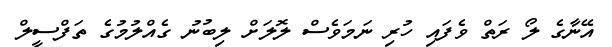
އޭނާގެ ލޯ ރަތް ވެފައި ހުރި ނަމަވެސް ލޮލަށް ލިބުނު ގެއްލުމުގެ ތަފްސީލް